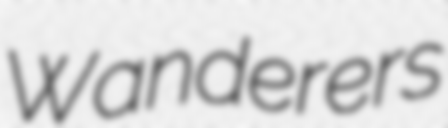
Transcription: Wanderers